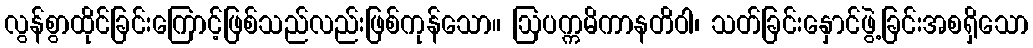
လွန်စွာထိုင်ခြင်းကြောင့်ဖြစ်သည်လည်းဖြစ်ကုန်သော။ ဩပက္ကမိကာနတိဝါ၊ သတ်ခြင်းနှောင်ဖွဲ့ခြင်းအစရှိသော